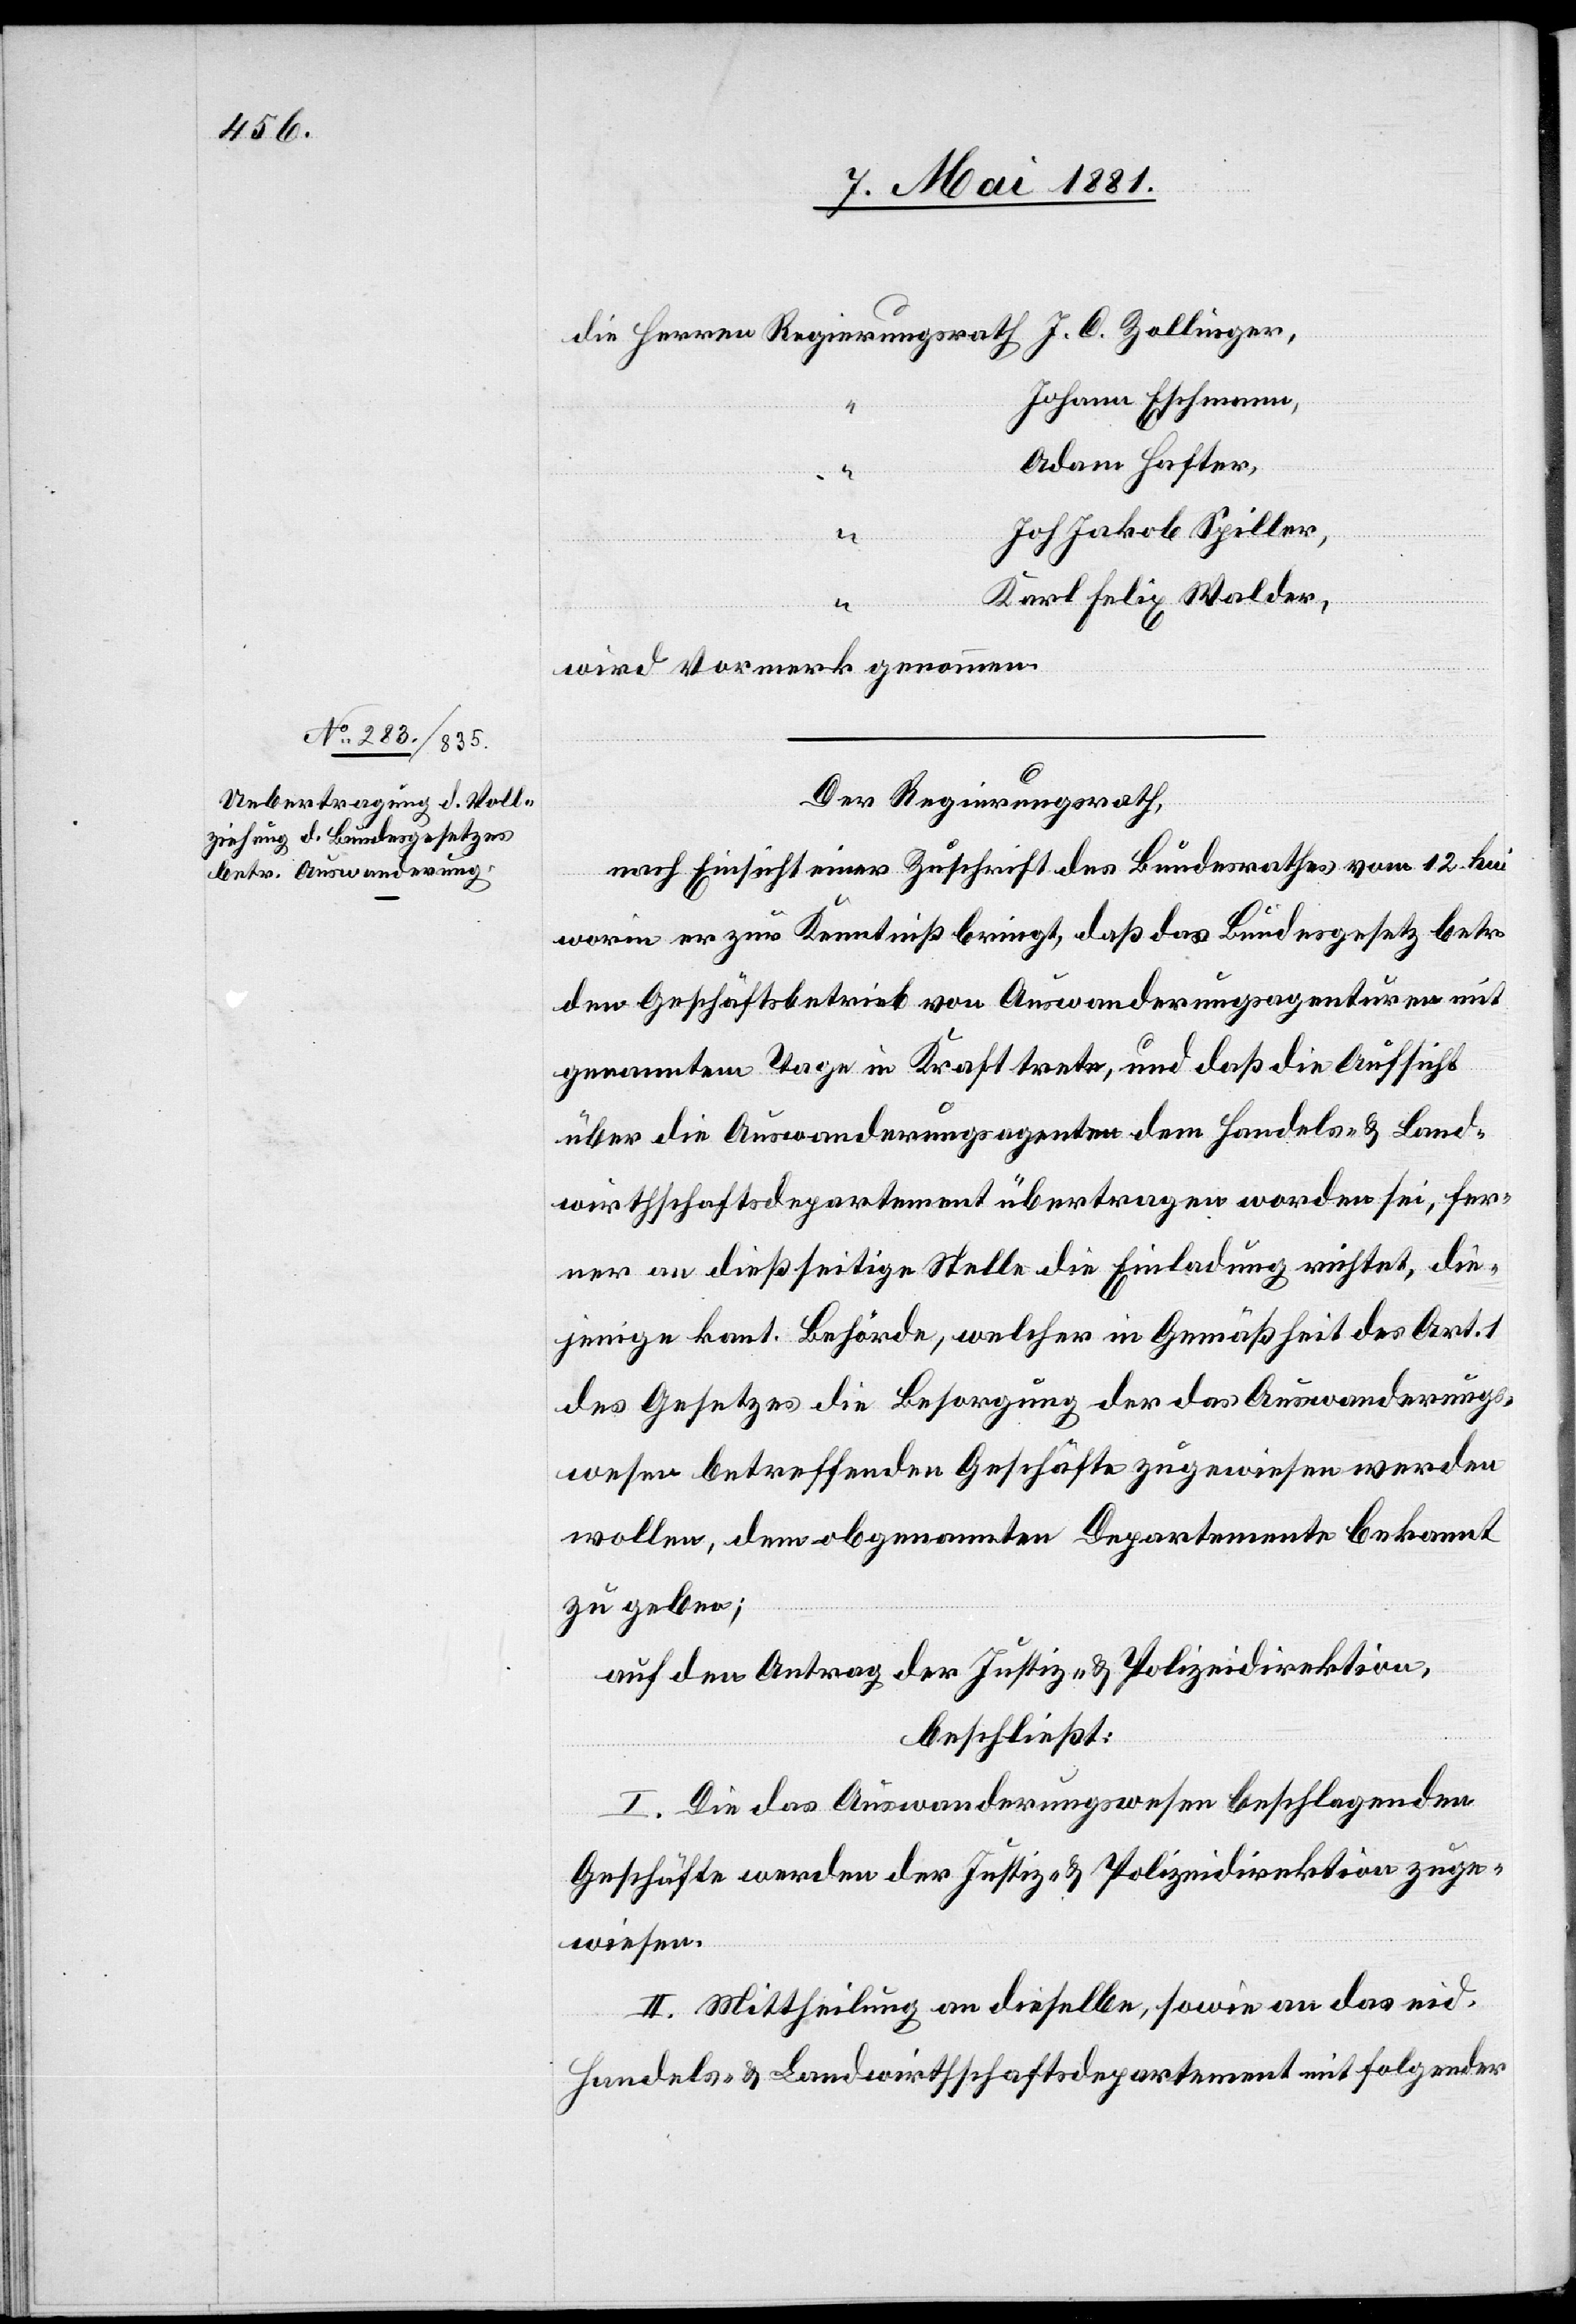
J. O. Zollinger,
Johann Eschmann,
Adam Hafter,
Karl Felix Walder,
wird Vormerk genommen.
Der Regierungsrath,
nach Einsicht einer Zuschrift des Bundesrathes vom 12. hui
worin er zur Kenntniß bringt, daß das Bundesgesetz betr.
dem Geschäftsbetrieb von Auswanderungsagenturen mit
genanntem Tage in Kraft trete, und daß die Aufsicht
über die Auswanderungsagenten dem Handels- & Land¬
wirthschaftsdepartement übertragen worden sei, fer¬
ner an dießseitige Stelle die Einladung richtet, die¬
jenige kant. Behörde, welcher in Gemäßheit des Art.
des Gesetzes die Besorgung der das Auswanderungs¬
wesen betreffenden Geschäfte zugewiesen werden
wollen, dem obgenannten Departemente bekannt
zu geben;
auf den Antrag der Justiz- & Polizeidirektion,
beschließt:
I. Die das Auswanderungswesen beschlagenden
Geschäfte werden der Justiz- & Polizeidirektion zuge¬
wiesen.
II: Mittheilung an dieselbe, sowie an das eid.
Handels- & Landwirthschaftsdepartement mit folgender